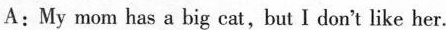
A:My mom has a big cat,but I don't like her.